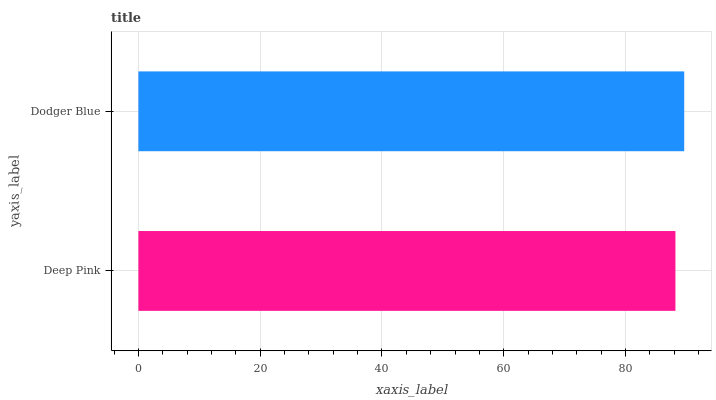
| yaxis_label | bars |
 | --- | --- |
 | Deep Pink | 88.2 |
 | Dodger Blue | 89.6 |